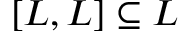
[ L , L ] \subseteq L